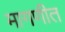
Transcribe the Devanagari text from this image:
मागणीत